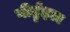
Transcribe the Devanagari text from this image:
गीर्ट्रुइडा